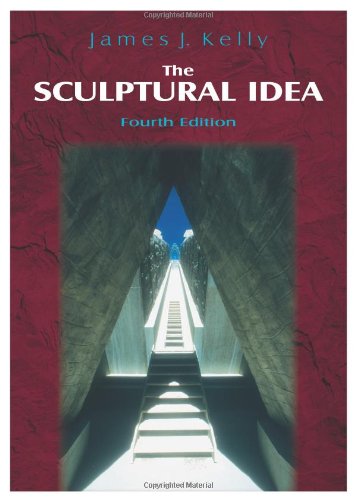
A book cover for The Sculptural Idea, Fourth Edition; James J. Kelly; Arts & Photography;